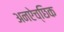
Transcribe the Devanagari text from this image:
अनऐच्छिक